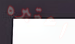
اعتبره